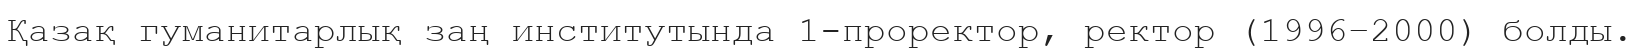
Қазақ гуманитарлық заң институтында 1-проректор, ректор (1996–2000) болды.